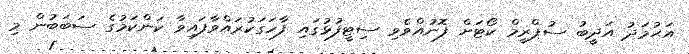
އަޙުމަދު އަދީބު ސުޕްރީމް ކޯޓަށް ފޮނުއްވެވި ސިޓީފުޅުގައި ފާހަގަކުރައްވާފައިވާ ކަންކަމުގެ ސަބަބުން މި